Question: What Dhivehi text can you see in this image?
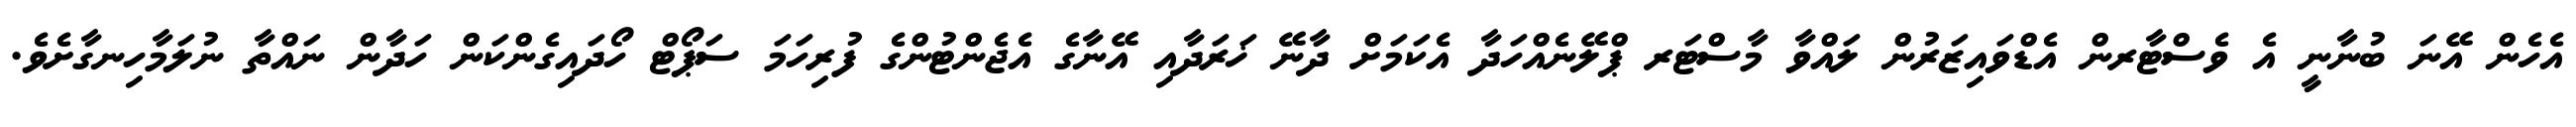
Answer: އެހެން އޭނަ ބުނާނީ އެ ވެސްޓާރން އެޑްވައިޒަރުން ލައްވާ މާސްޓަރ ޕްލޭނެއްހަދާ އެކަމަށް ދާނޭ ޚަރަދާއި އޭނާގެ އެޖެންޓުންގެ ފުރިހަމަ ސަޕޯޓް ހޯދައިގެންކަން ހަދާން ނައްތާ ނުލަމާހިނގާށެވެ.